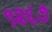
૧૨૬૭